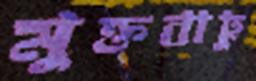
মুক্তবায়ু